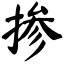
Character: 掺